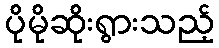
ပိုမိုဆိုးရွားသည့်